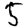
Digit: 5